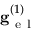
\mathbf { g } _ { \mathrm { ~ e ~ l ~ } } ^ { ( 1 ) }